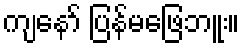
ကျနော် ပြန်မဖြေဘူး။